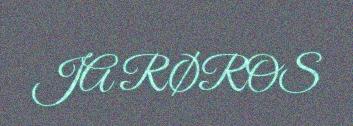
JA RØROS